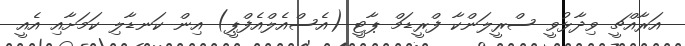
އަރާއްޗީ ވިދާޅުވީ ސްރީލަންކާ ފްރީޑަމް ޕާޓީ (އެސްއެލްއެފްޕީ) އިން ކަނޑާލި ކަމަށާއި އެއީ